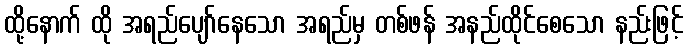
ထို့နောက် ထို အရည်ပျော်နေသော အရည်မှ တစ်ဖန် အနည်ထိုင်စေသော နည်းဖြင့်